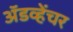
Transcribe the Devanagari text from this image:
अॅडव्हेंचर